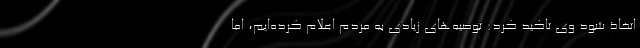
اتخاذ شود وی تاکید کرد: توصیه‌های زیادی به مردم اعلام کرده‌ایم، اما